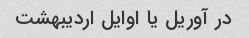
در آوریل یا اوایل اردیبهشت